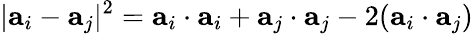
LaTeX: |\textbf{a}_{i}-\textbf{a}_{j}|^{2}=\textbf{a}_{i}\cdot\textbf{a}_{i}+\textbf{a}_{j}\cdot\textbf{a}_{j}-2(\textbf{a}_{i}\cdot\textbf{a}_{j})